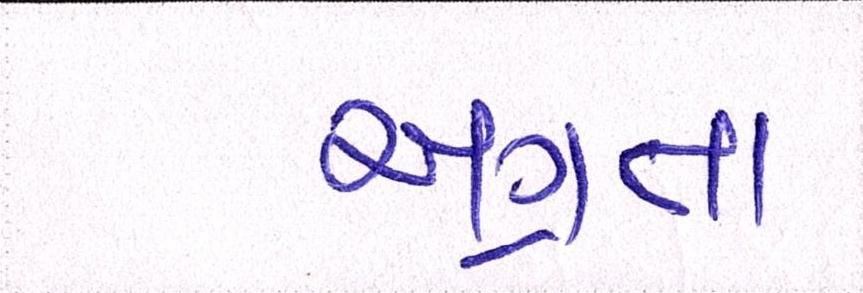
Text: અગ્રતા